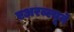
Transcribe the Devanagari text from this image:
एअरब्ल्यूने